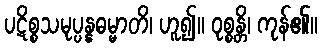
ပဋိစ္စသမုပ္ပန္နဓမ္မာတိ၊ ဟူ၍။ ဝုစ္စန္တိ၊ ကုန်၏။